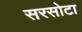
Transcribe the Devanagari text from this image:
सरसोटा